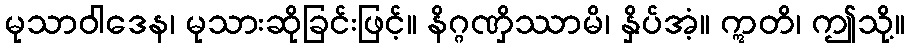
မုသာဝါဒေန၊ မုသားဆိုခြင်းဖြင့်။ နိဂ္ဂဏှိဿာမိ၊ နှိပ်အံ့။ ဣတိ၊ ဤသို့။